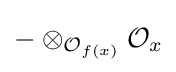
-\otimes _{{\mathcal {O}}_{f(x)}}{\mathcal {O}}_{x}